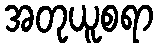
အတုယူစရာ